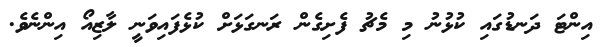
އިންޓަ ދަނޑުގައި ކުޅުނު މި މެޗު ފެށިގެން ރަނގަޅަށް ކުޅެފައިވަނީ ލާޒިއޯ އިންނެވެ.